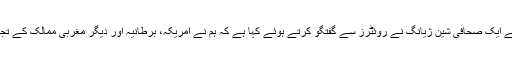
پاکستان میں موجود چین کے سرکاری ریڈیو کے لیے کام کرنے والے ایک صحافی شین ژیانگ نے روئٹرز سے گفتگو کرتے ہوئے کہا ہے کہ ہم نے امریکہ، برطانیہ اور دیگر مغربی ممالک کے تجربات سے سیکھا ہے اور اب وقت آ گیا ہے کہ دنیا چین کو سمجھے۔